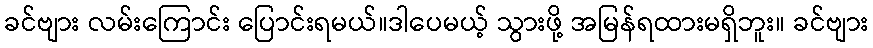
ခင်ဗျား လမ်းကြောင်း ပြောင်းရမယ်။ဒါပေမယ့် သွားဖို့ အမြန်ရထားမရှိဘူး။ ခင်ဗျား